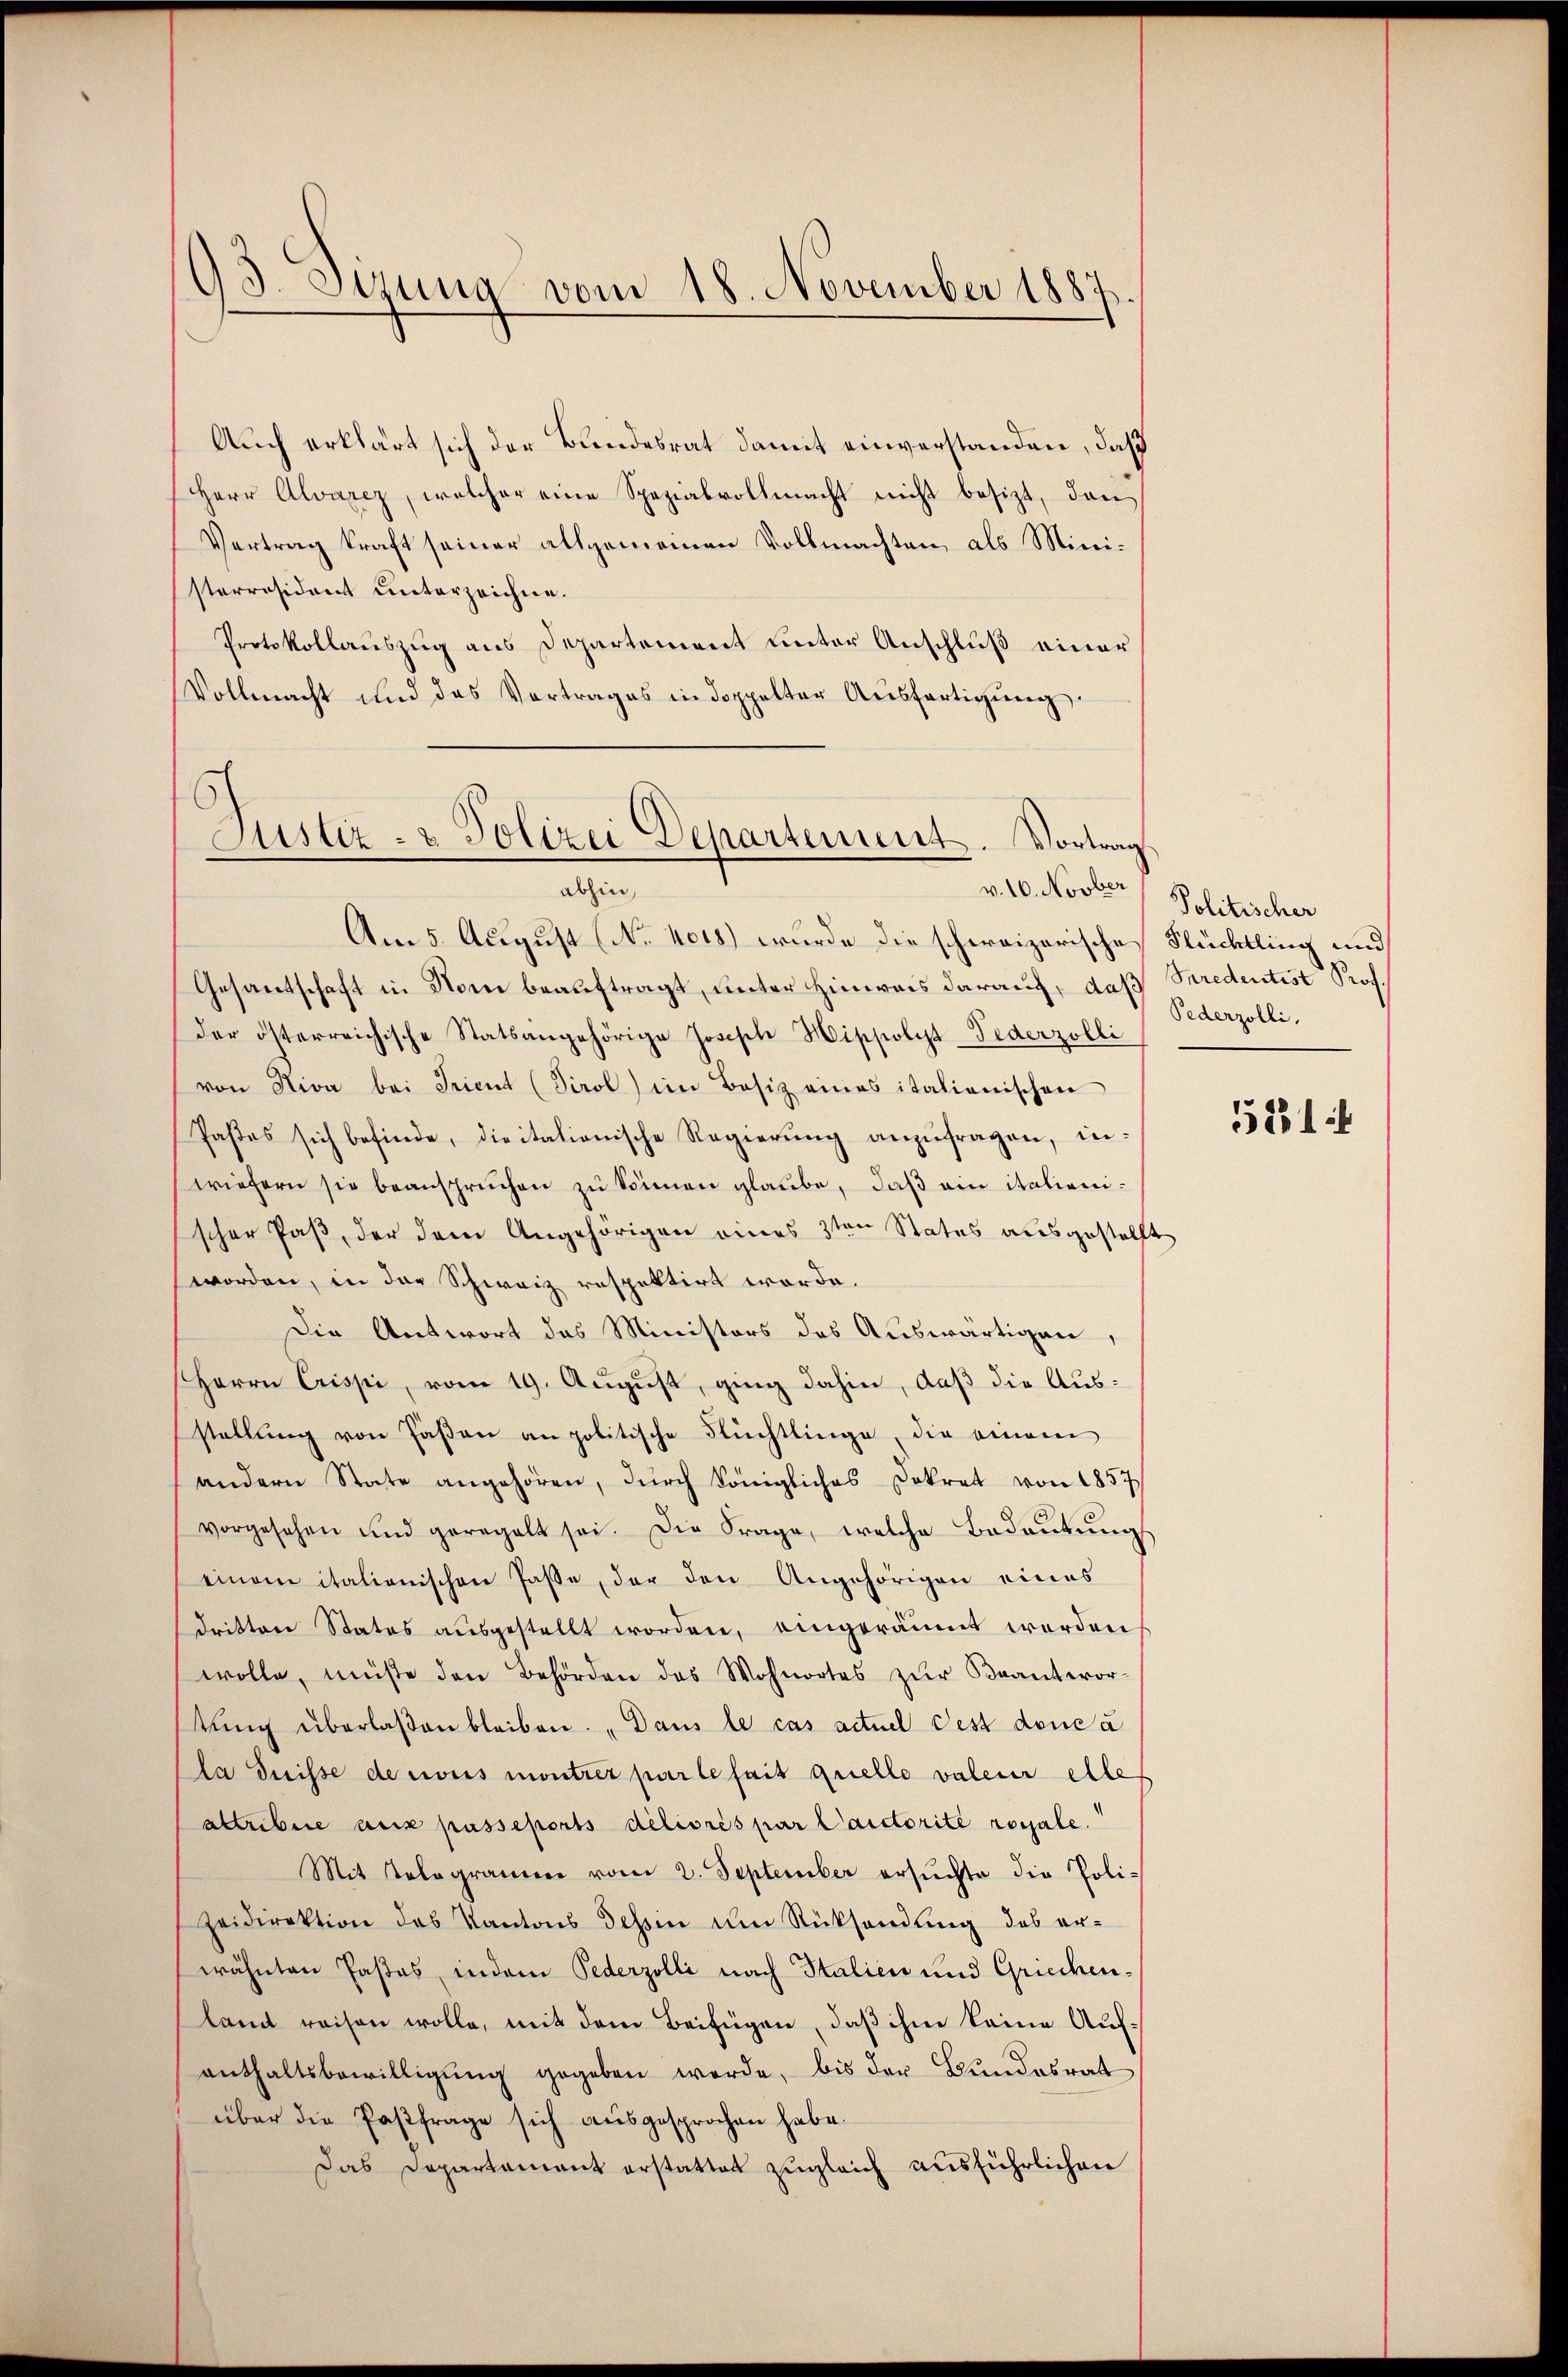
93. Sizung vom 18. November 1887

Auch erklärt sich der Bundesrat damit einverstanden, daß
Herr Alvarez, welcher eine Spezialvollmacht nicht besizt, dan
Vertrag kraft seiner allgemeinen Vollmachten, als Ministerresident unterzeichne.
Protokollauszug aus Departement unter Anschluß einer
Vollmacht und das Vortrages in doppelter Aŭsfertigŭng.
c

Justiz- & Polizei Departement. Vortrag
v. 10. Novber
abhin,

Am 5. August (No 1018) wurde die schweizerische Rücktling und
Gesantschaft in Nom beauftragt, unter Hinweis darauf, daß Seredentist Rohder österreichische Statsangehörige Joseph Hippolyt-Federzolli
von Niva bei Trient (Tirol im Besiz eines italienischen
Paβtes sich befinde, die italienische Regierŭng anzŭfragen, inwiefern sie beansprüchen zŭ können glaube, daß ein italienischer Paß, der dem Angehörigen eines 3te͇n States ausgestellt
worden, in der Schweiz respektirt worde.
Die Antwort das Ministors des Auswärtigen,
Herrn Crissi, vom 19. August, ging dahin, daß die Ausstellung von Paßen an politische Flüchtlinge, die einem
andern State angehören, durch Königliches Dekret von 1857
vorgesehen und geregelt sei. Die Frage, welche Bedeŭtŭng
einem italienischen Pässe, der den Angehörigen eines
dritten Status ausgestellt worden, eingeräumt worden
wolle, müße den Behörden das Wohnortes zŭr Beantwortŭng überlaßen bleiben. „Dans le cas actuel dest dene a
la Suisse de nous montrer par le fait quelle valeur elle
altribue aux passeports délivrés par Cauctorité royale.
Mit Telegramere vom 2. September ersŭchte die Poli-
Zeidirektion des Kantons Tessin um Rücksendung des erwähnten Pastas, indem Pederzolli nach Italien und Griechenland reisen wolle, mit dem Beifügen, daß ihm keine Aufenthaltsbewilligŭng gegeben werde, bis der Bundesrat
über die Pastfrage sich ausgesprochen habe.
Das Departamant erstattet zugleich ausführlichen

Politischer
Pederzolli.

5281 f